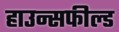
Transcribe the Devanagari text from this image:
हाउन्सफील्ड